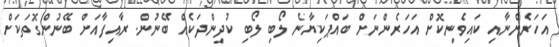
އަހަރެންނާއި ކައިވެނިކޮށް އަހަރެންނަށް ބައްޕަކިޔާނެ ލޯބި ލޯބި ކުދިންދަކެއް ބޭނުން. ރާއިފާއަށް ބޭނުންގޮތަކަށް